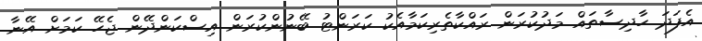
އެފަދަ ހާދިސާތައް މަދުކުރަން ރައްކާތެރިކަމާއެކު ކަރަންޓު ބޭނުންކުރަން އިސްކަންދޭން ޖެހޭ ކަމަށް އޭނާ